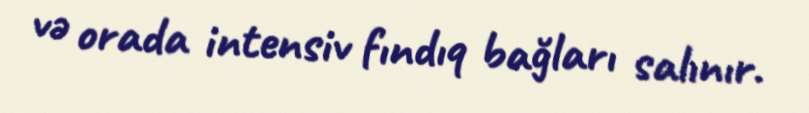
və orada intensiv fındıq bağları salınır.